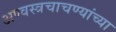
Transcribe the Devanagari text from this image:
अण्वस्त्रचाचण्यांच्या